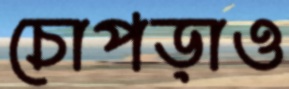
চোপড়াও